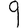
Digit: 9